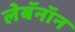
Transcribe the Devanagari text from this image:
लेबॅनॉन